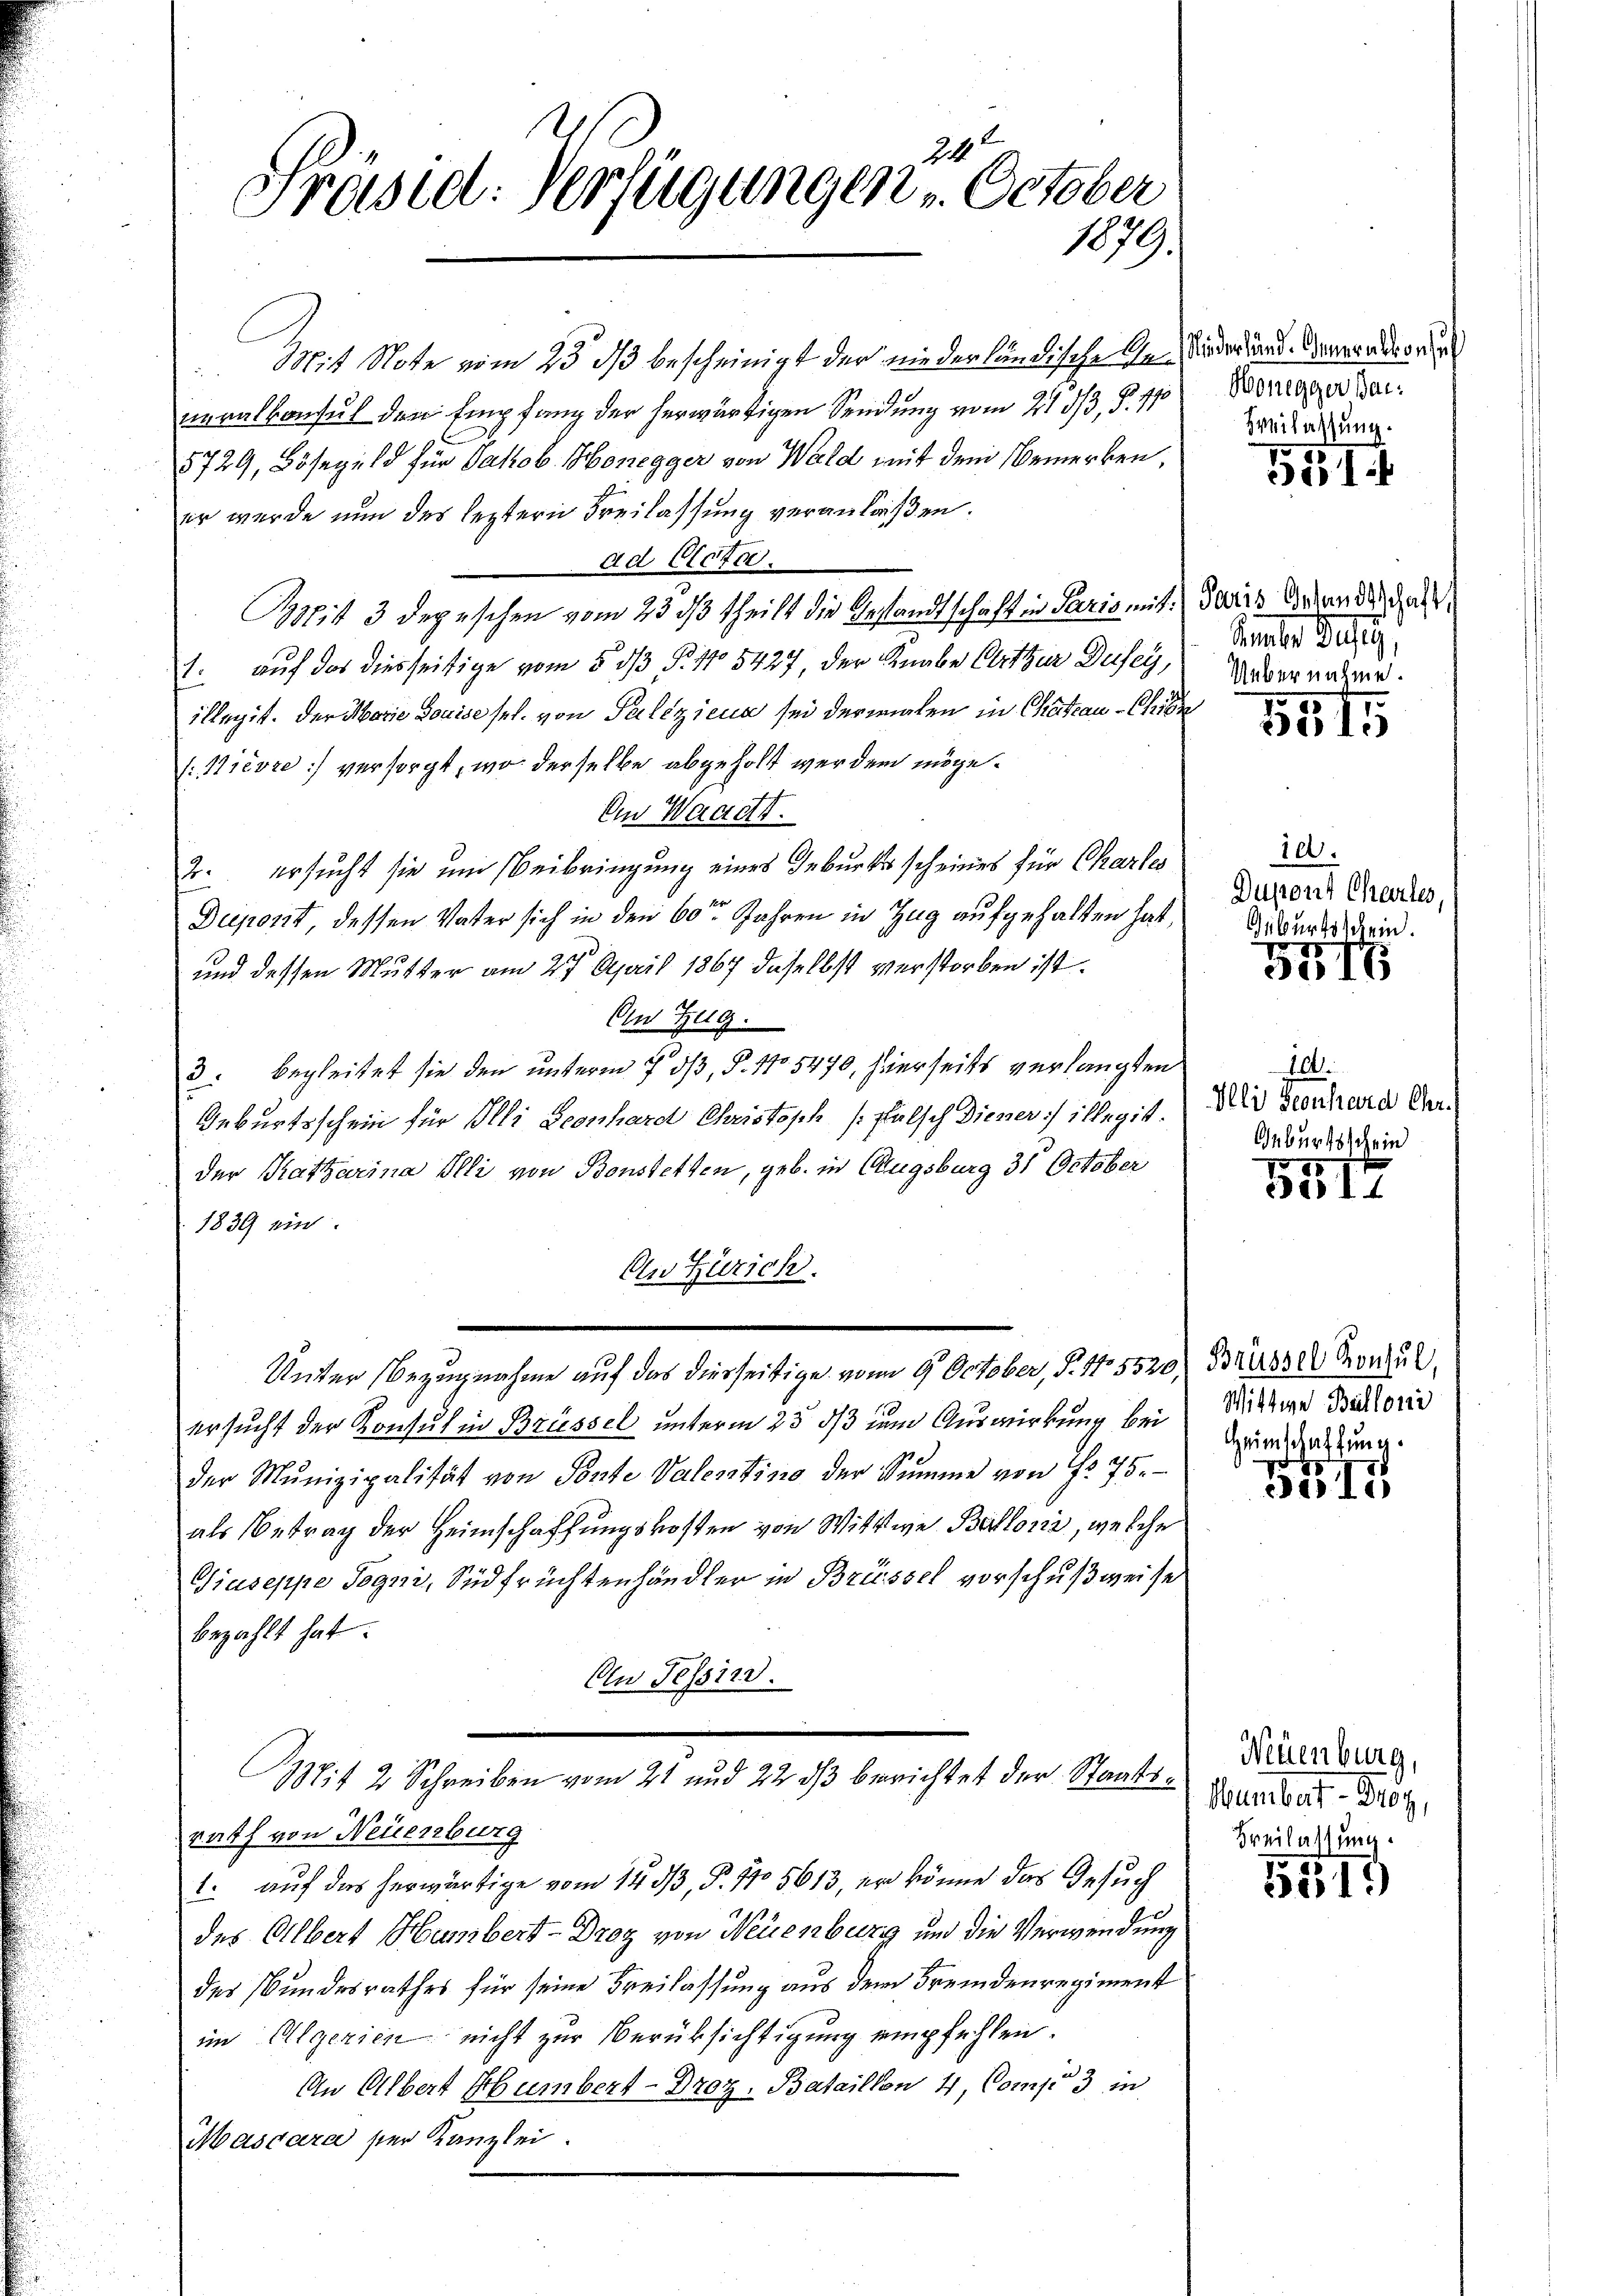
24
Frasiel: Verfügungen October
1879.

Mit Note vom 23. ds bescheinigt der niederländische An-Nieder und Generatoren
neralkonsul den Empfang der herwärtigen Sendung vom 21 2/3. §. 110
5729, Bösegeld für Jakob Honegger von Wald mit dem Bemerken,
er wurde nun des leztern Freilassung veranlaßen.
ad Acta.
Mit 3 Depeschen vom 23. ds theilt die Gesandtschaft in Paris mit daris Arten der das
auf das diesseitige vom 5. dß P. No 5427, der Knabe Art zur Dusey,
.
illegit. Der Marie Louise sel. von Paliziena sei dermalen in Chateau-Chien
(Nièvre) versorgt, wo derselbe abgeholt werden möge.
An Waadt.
2. ersucht sie und Beibringung eines Geburtsscheines für Charles
Duport, dessen Vater sich in den 60ten Jahren in Zug aufgehalten hat,
und dessen Mutter am 27 April 1867 daselbst verstorben ist.
An Zug.
3: Begleitet sie den unterm 5. dß, §. 15470, hierseits verlangten
Geburtsschein für Illi Leonhard Christoph [falsch Diener illegit.
der Katharina Illi von Bonstetten, geb. in Augsburg 31 October
1839 ein.
An Zürich.
Unter Bezugnahme auf das dierseitige vom 9. October, P. 115520) Brüssel consul
ersucht der Konsul in Brüssel unterm 25. ds zum Auswirkung bei Mitere Dictoris
der Munizipalität von Ponte Valentino der Sŭmme von No 75.
als Betrag der Heimschaffungskosten von Wittwe Ballons, welche
Giuseppe Togni, Südfrüchtenhändler in Brüssel vorschußweise
bezahlt hat.
An Tessin.
Mit 2 Schreiben vom 21 und 22 dβ berichtet der Staatsrath von Neuenburg
1. auf das herwärtige vom 1433, P. 110 5613, er könne das Gesuch
des Albert Hambert - Droz von Neuenburg und die Verwendung
des Bundesrathes für seine Freilassung aus dem Fremdenregiment
im Algerien nicht zur Berüksichtigung empfehlen.
An Albert Humbert - Droz. Bataillon 4, Comp. 3 in
Mascara ser Kanzlei.

Honegger dar
Beilassung.

531

Aemter Bes
Uebernehme.

1515

10.
Dupont Chartes,
Geburtsschein.

71

104
Illi Geonhard Chr.
Geburtsschein

3517

Heimschaftung.

51

Neuenburg,
Humbert - Droy,
Breilassung.

25
5519)